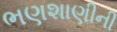
ભણશાણીની